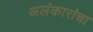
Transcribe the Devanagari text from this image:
अलंकारांचा